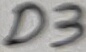
Text: D3